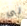
لي